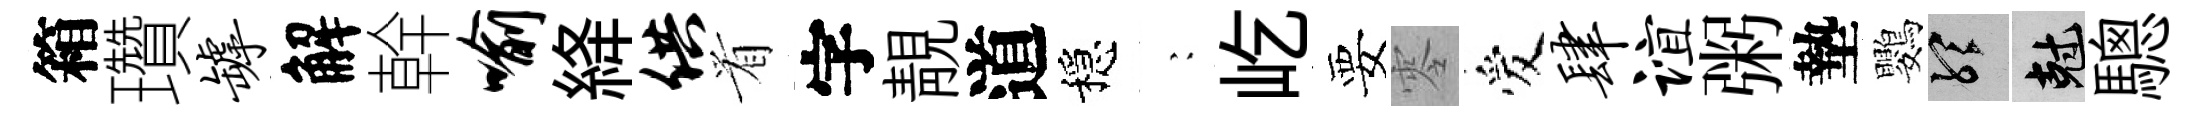
箱瓚罅解幹喻絳供㸔字靚道穩巍屹要零爱肆谊粥墊鸚聽剋驄